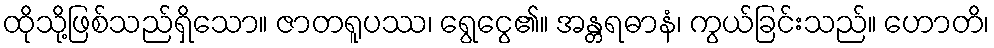
ထိုသို့ဖြစ်သည်ရှိသော။ ဇာတရူပဿ၊ ရွေငွေ၏။ အန္တရဓာနံ၊ ကွယ်ခြင်းသည်။ ဟောတိ၊